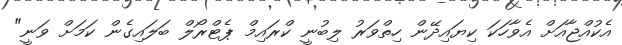
އެކުއްޖާއަށް އެވާހަކަ ކިޔައިދޭން ހިތްވަރު ލިބުނީ ކްރައިމް ޕެޓްރޯލް ބަލައިގެން ކަމަށް ވަނީ"